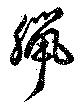
臈